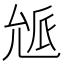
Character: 𠒕